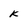
Character: k